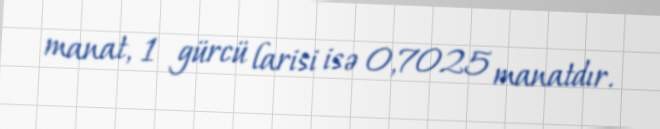
manat, 1 gürcü larisi isə 0,7025 manatdır.